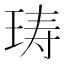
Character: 𰡽